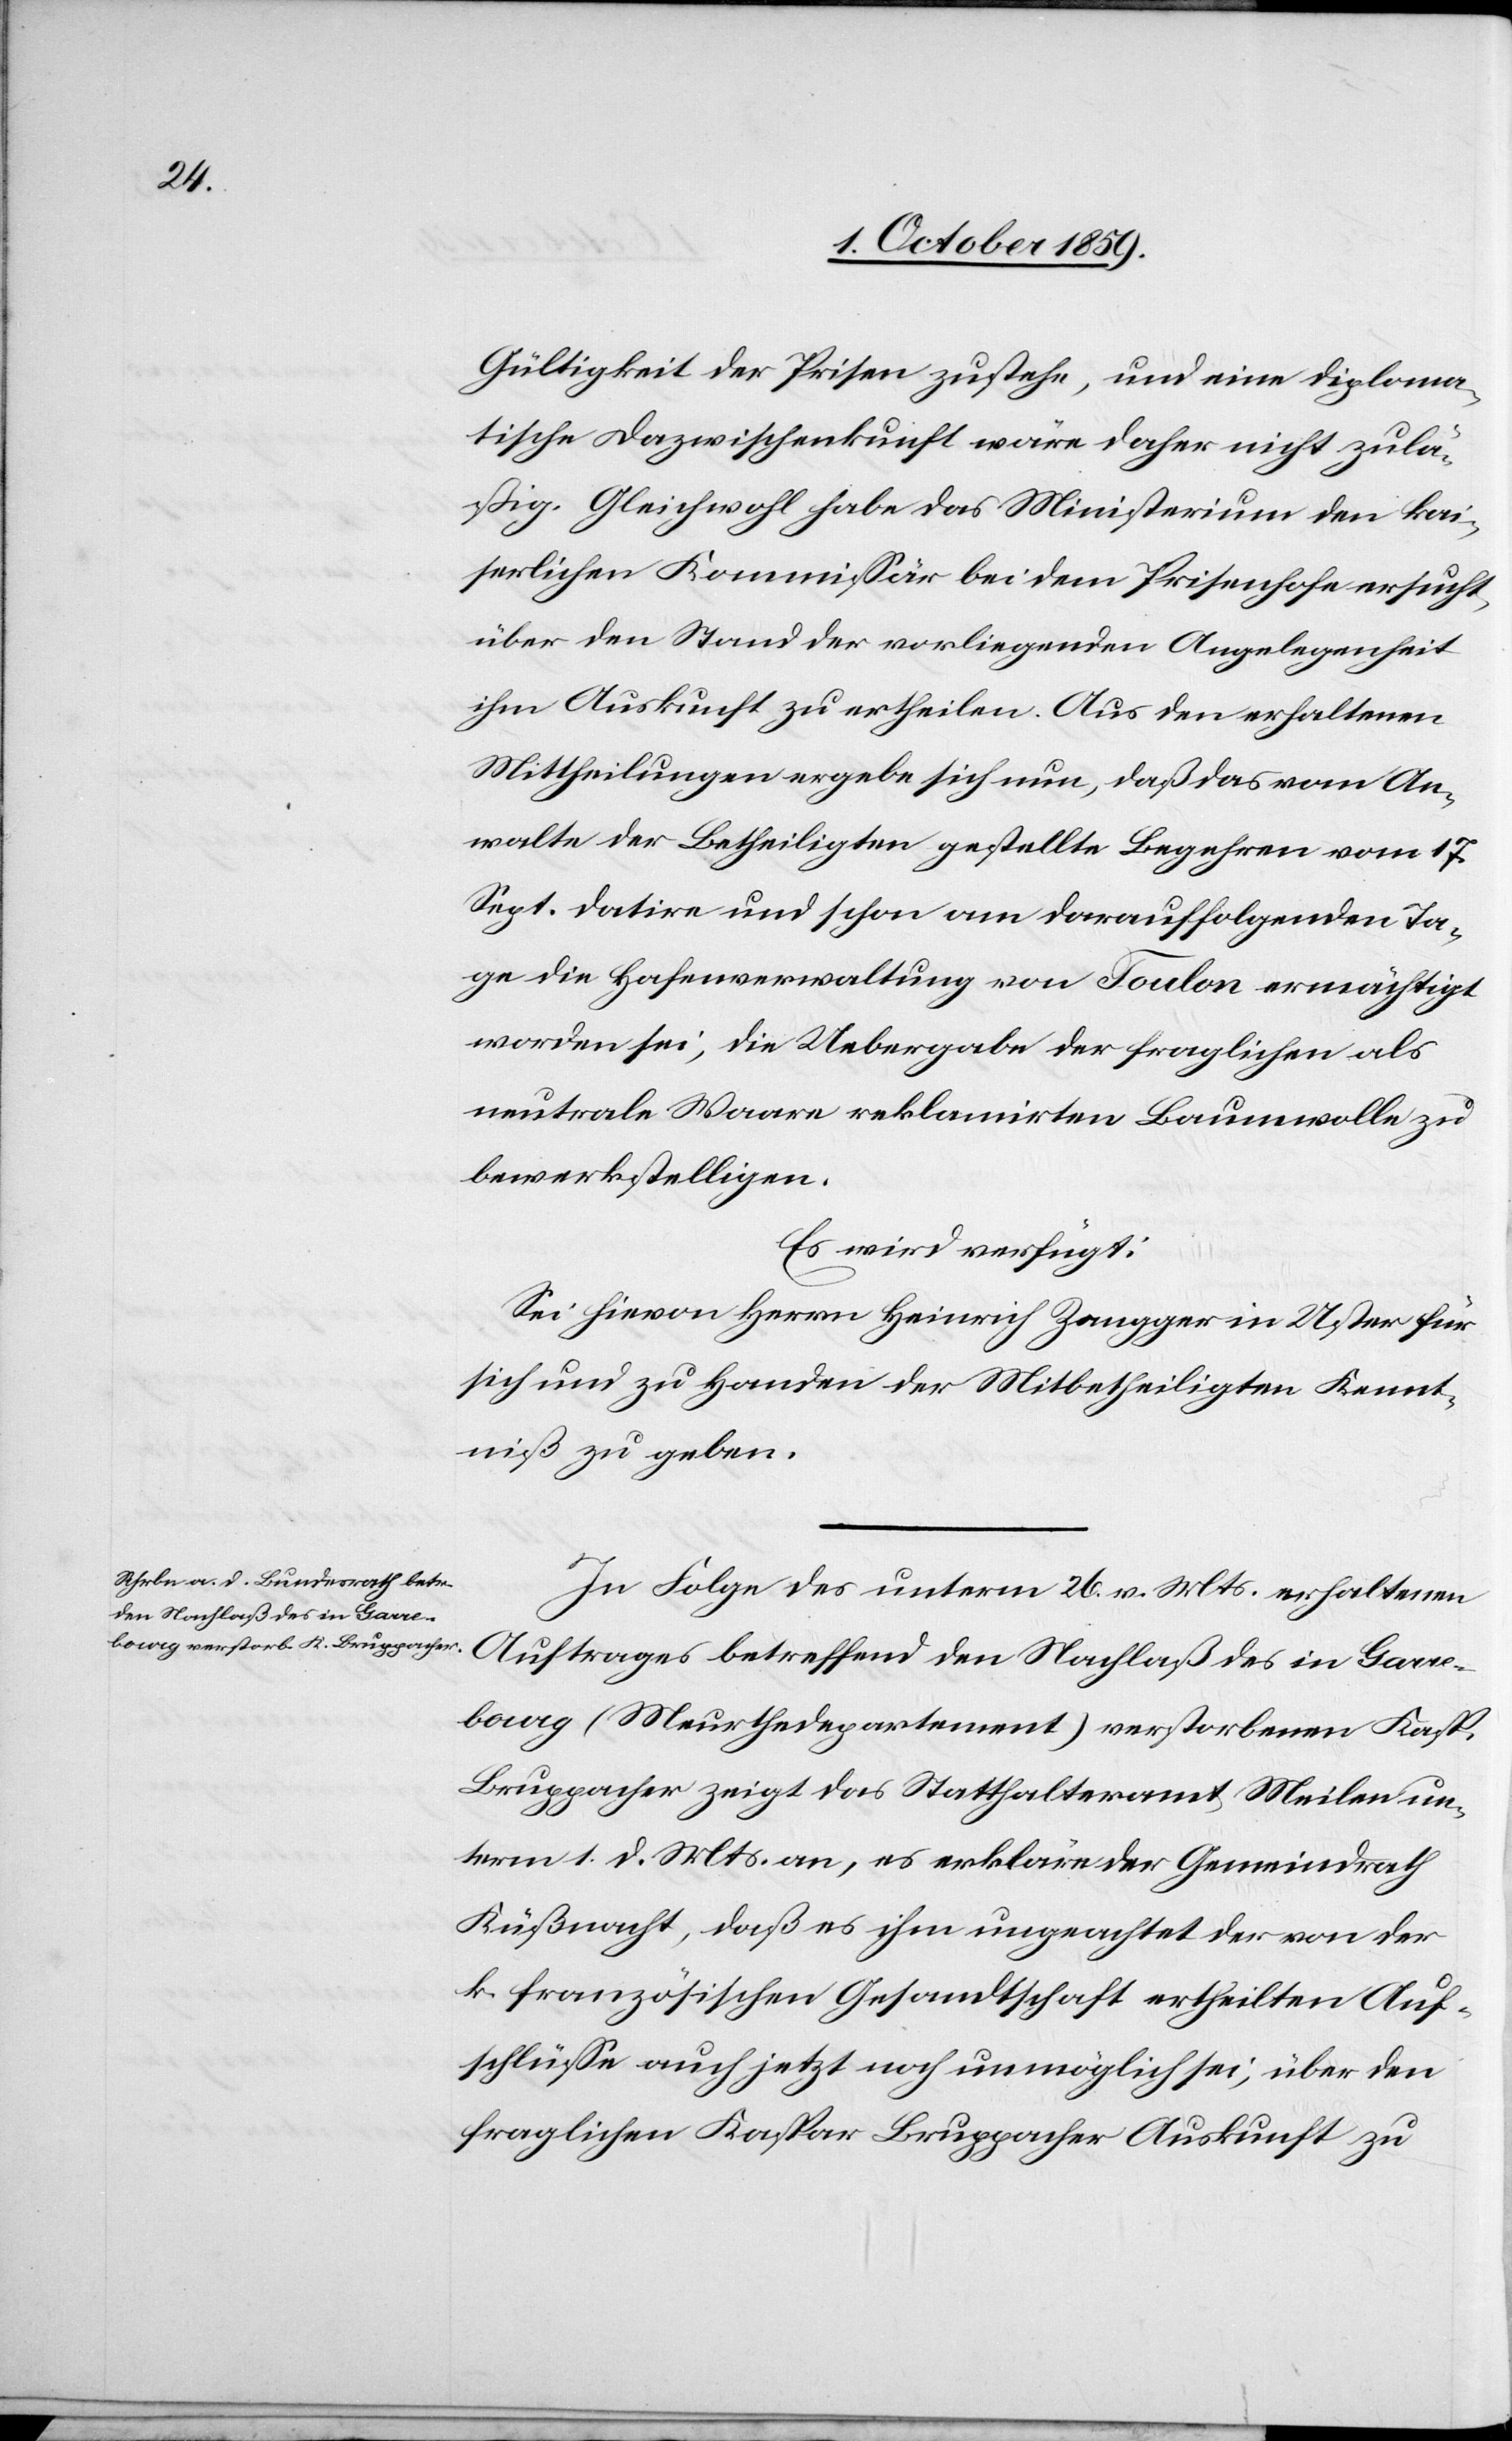
3. October 1859]
Gültigkeit der Prisen zustehe, und eine diploma¬
tische Dazwischenkunft wäre daher nicht zulä¬
ßig. Gleichwohl habe das Ministerium den kai¬
serlichen Kommissär bei dem Prisenhofe ersucht,
über den Stand der vorliegenden Angelegenheit
ihm Auskunft zu ertheilen. Aus den erhaltenen
Mittheilungen ergebe sich nun, daß das vom An¬
walte der Betheiligten gestellte Begehren vom 17.
Sept. datire und schon am darauffolgenden Ta¬
ge die Hafenverwaltung von Toulon ermächtigt
worden sei, die Uebergabe der fraglichen als
neutrale Waare reklamirten Baumwolle zu
bewerkstelligen.
Es wird verfügt:
Sei hievon Herrn Heinrich Zangger in Uster für
sich und zu Handen der Mitbetheiligten Kennt¬
niß zu geben.
In Folge des unterm 26. v. Mts. erhaltenen
den Nachlaß des in Garre¬
bourg (Meurthedepartement) verstorbenen Kasp.
Bruppacher zeigt das Statthalteramt Meilen un¬
term 1. d. Mts. an, es erkläre der Gemeindrath
Küßnacht, daß es ihm ungeachtet der von der
k. französischen Gesandtschaft ertheilten Auf¬
schlüsse auch jetzt noch unmöglich sei, über den
fraglichen Kaspar Bruppacher Auskunft zu